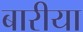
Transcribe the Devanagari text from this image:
बारीया